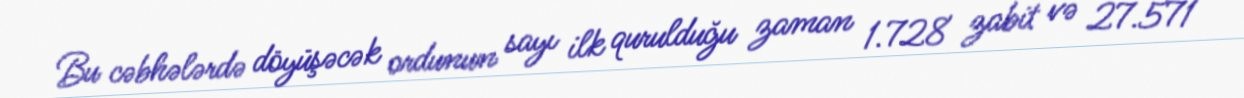
Bu cəbhələrdə döyüşəcək ordunun sayı ilk qurulduğu zaman 1.728 zabit və 27.571